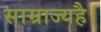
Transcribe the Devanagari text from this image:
साम्राज्यहै।